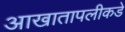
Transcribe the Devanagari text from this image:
आखातापलीकडे